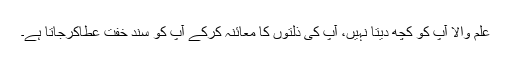
علم والا آپ کو کچھ دیتا نہیں، آپ کی ذلتّوں کا معائنہ کرکے آپ کو سندِ خفّت عطاکرجاتا ہے۔